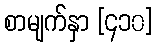
စာမျက်နှာ [၄၁၀]